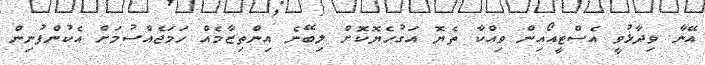
އޭނާ ވިދާޅުވީ އެސްޓީއޯއިން ވިއްކާ ތެޔޮ އަގުހެޔޮކޮށް ލިބޭނެ އިންތިޒާމެއް ހަމަޖެއްސުމަށް އެކުންފުނިން